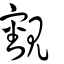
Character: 覾